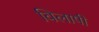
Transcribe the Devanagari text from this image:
विलापी